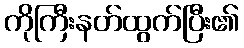
ကိုကြီးနတ်ထွက်ပြီး၏